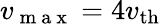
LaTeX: v_{\mathrm{~m~a~x~}}=4v_{\mathrm{th}}